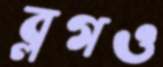
ব্লগও